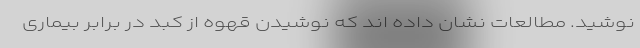
نوشید. مطالعات نشان داده اند که نوشیدن قهوه از کبد در برابر بیماری